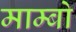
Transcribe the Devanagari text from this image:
माम्बो